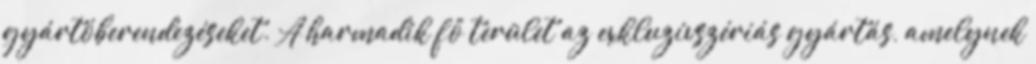
gyártóberendezéseket. A harmadik fő terület az exkluzívszériás gyártás, amelynek